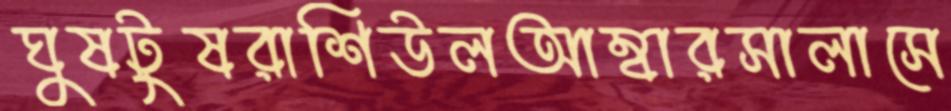
ঘুষটুষরাশিউলআম্বারসালাসে